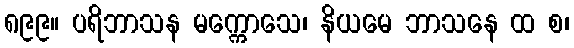
၈၉၉။ ပရိဘာသန မက္ကောသေ၊ နိယမေ ဘာသနေ ထ စ၊